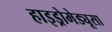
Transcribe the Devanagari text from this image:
हाइड्रोमेड्यूसा